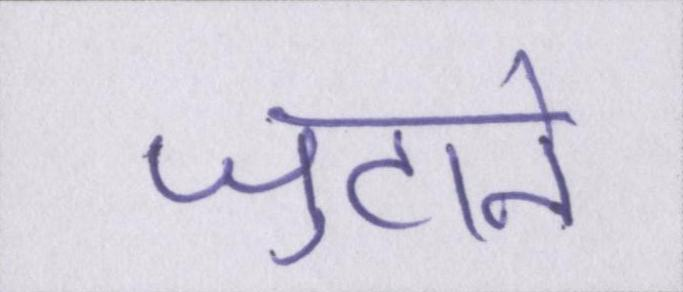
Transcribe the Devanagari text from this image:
जुटाने